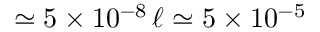
\simeq 5 \times 1 0 ^ { - 8 } \, \ell \simeq 5 \times 1 0 ^ { - 5 }